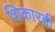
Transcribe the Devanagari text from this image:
शिकारही